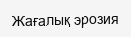
Жағалық эрозия